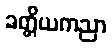
ခတ္တိယကညာ